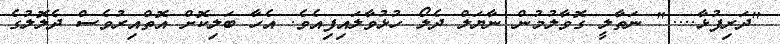
"ދަރިފުޅާ....." ނަތާލީ ގޮވާލުމުން ނާޔަލް ދެލޯ ހުޅުވާލައިފިއެވެ. އެހާ ބަލިކޮށް އޮތްއިރުވެސް ދެލޮލުގެ